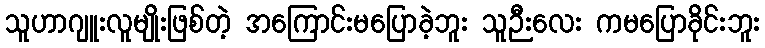
သူဟာဂျူးလူမျိုးဖြစ်တဲ့ အကြောင်းမပြောခဲ့ဘူး သူဉီးလေး ကမပြောခိုင်းဘူး